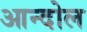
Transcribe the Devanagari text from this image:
आन्दोल